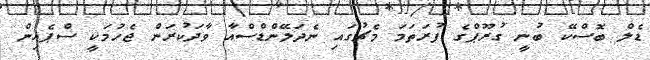
ޑެލް ބޮސްކޭ ބުނީ ގުރޫޕްގެ ފުރަތަމަ މެޗުގައި ނެދަލޭންޑްސްއާ ވާދަކުރަން ޖެހުމަކީ ސްޕެއިން